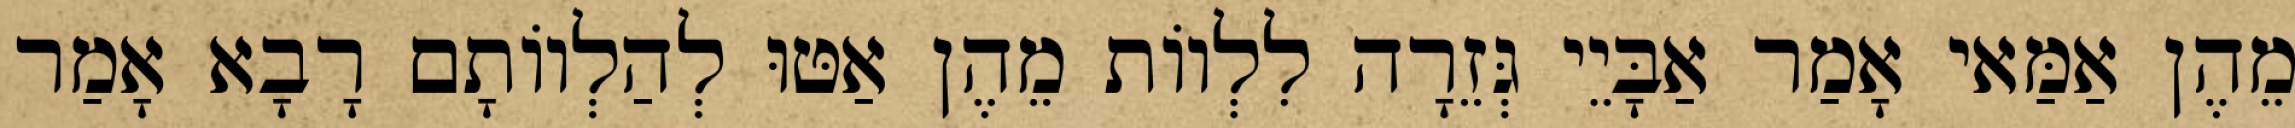
מֵהֶן אַמַּאי אָמַר אַבָּיֵי גְּזֵרָה לִלְווֹת מֵהֶן אַטּוּ לְהַלְווֹתָם רָבָא אָמַר